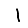
Digit: 1